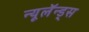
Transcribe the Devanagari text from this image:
न्यूलॅन्ड्स